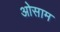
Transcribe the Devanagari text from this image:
ओसाम